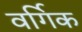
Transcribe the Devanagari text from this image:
वर्गिक